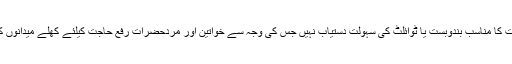
ٹوائلٹ کی شدت سے کمی بھارت کا سنگین مسئلہ ہےاور آدھی سے زائد آبادی کیلئے رفع حاجت کا مناسب بندوبست یا ٹوائلٹ کی سہولت دستیاب نہیں جس کی وجہ سے خواتین اور مردحضرات رفع حاجت کیلئے کھلے میدانوں کا رخ کرتے ہیں اور یہ ہی وجہ ہے کہ بھارت میںمتعدد مسائل اور امراض سامنے آرہے ہیں ۔